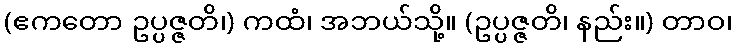
(ဧကတော ဥပ္ပဇ္ဇတိ၊) ကထံ၊ အဘယ်သို့။ (ဥပ္ပဇ္ဇတိ၊ နည်း။) တာဝ၊